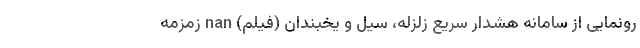
رونمایی از سامانه هشدار سریع زلزله، سیل و یخبندان (فیلم) nan زمزمه